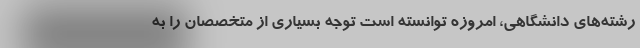
رشته‌هاي دانشگاهي، امروزه توانسته است توجه بسياري از متخصصان را به